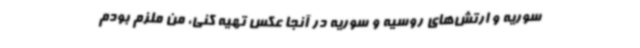
سوریه و ارتش‌های روسیه و سوریه در آنجا عکس تهیه کنی، من ملزم بودم